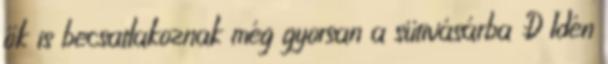
ők is becsatlakoznak még gyorsan a sütivásárba :D Idén